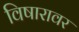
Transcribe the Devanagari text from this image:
विषारावर